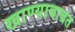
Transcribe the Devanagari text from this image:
खाण्याबाबत